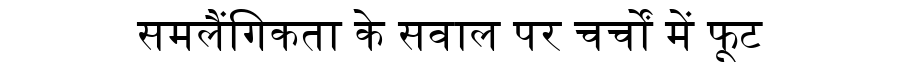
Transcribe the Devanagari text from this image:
समलैंगिकता के सवाल पर चर्चों में फूट